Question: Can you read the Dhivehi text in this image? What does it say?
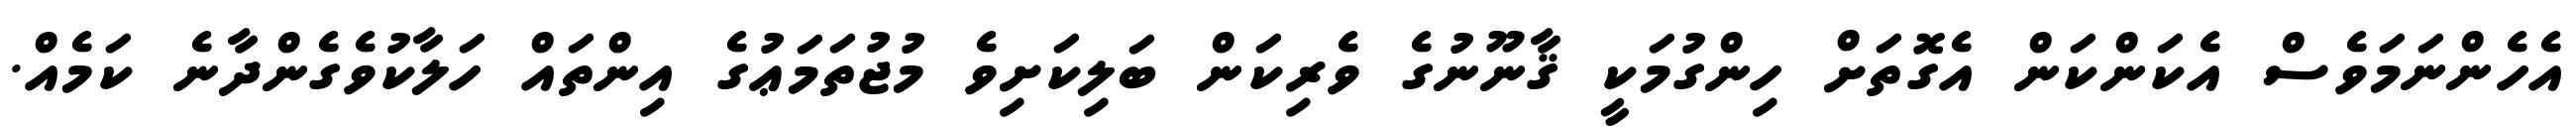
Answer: އެހެންނަމަވެސް އެކަންކަން އެގޮތަށް ހިންގުމަކީ ޤާނޫނުގެ ވެރިކަން ބަލިކަށިވެ މުޖުތަމަޢުގެ އިންތައް ހަލާކުވެގެންދާނެ ކަމެއް.